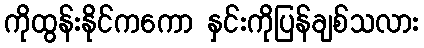
ကိုထွန်းနိုင်ကကော နှင်းကိုပြန်ချစ်သလား